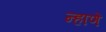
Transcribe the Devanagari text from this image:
न्हाणें